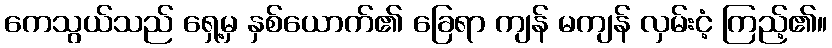
ကေသွယ်သည် ရှေ့မှ နှစ်ယောက်၏ ခြေရာ ကျန် မကျန် လှမ်းငံ့ ကြည့်၏။